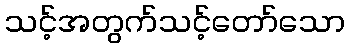
သင့်အတွက်သင့်တော်သော